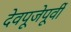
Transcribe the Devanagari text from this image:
देवपूजेपूर्वी